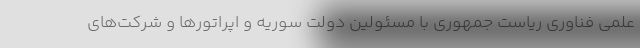
علمی فناوری ریاست جمهوری با مسئولین دولت سوریه و اپراتورها و شرکت‌های